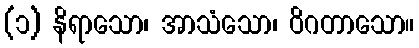
(၁) နိရာသော၊ အာသံသော၊ ဝိဂတာသော။